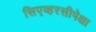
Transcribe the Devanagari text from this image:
सिएव्हरसीपेक्षा